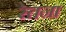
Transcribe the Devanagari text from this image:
रेतना